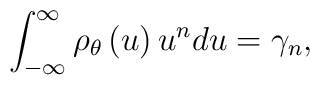
\int_{-\infty }^{\infty }\rho _{\theta }\left( u\right) u^{n}du=\gamma _{n},